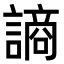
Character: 謪